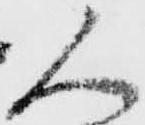
人